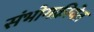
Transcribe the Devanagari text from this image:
संभोगक्रीयेत